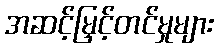
အဆင့်မြှင့်တင်မှုများ